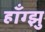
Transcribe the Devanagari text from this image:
हॉँग्झु